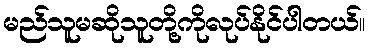
မည်သူမဆိုသူတို့ကိုလုပ်နိုင်ပါတယ်။